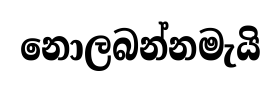
නොලබන්නමැයි